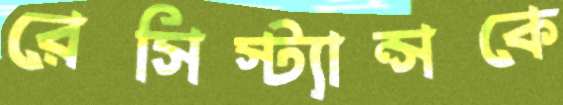
রেসিস্ট্যান্সকে